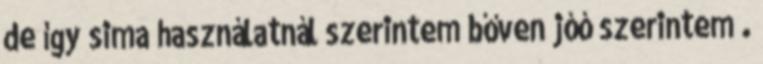
de így sima használatnál szerintem bőven jóó szerintem .